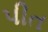
પીત